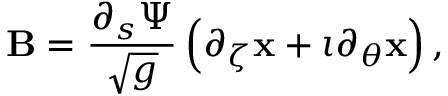
\mathbf { B } = \frac { \partial _ { s } \Psi } { \sqrt { g } } \left( \partial _ { \zeta } \mathbf { x } + \iota \partial _ { \theta } \mathbf { x } \right) ,